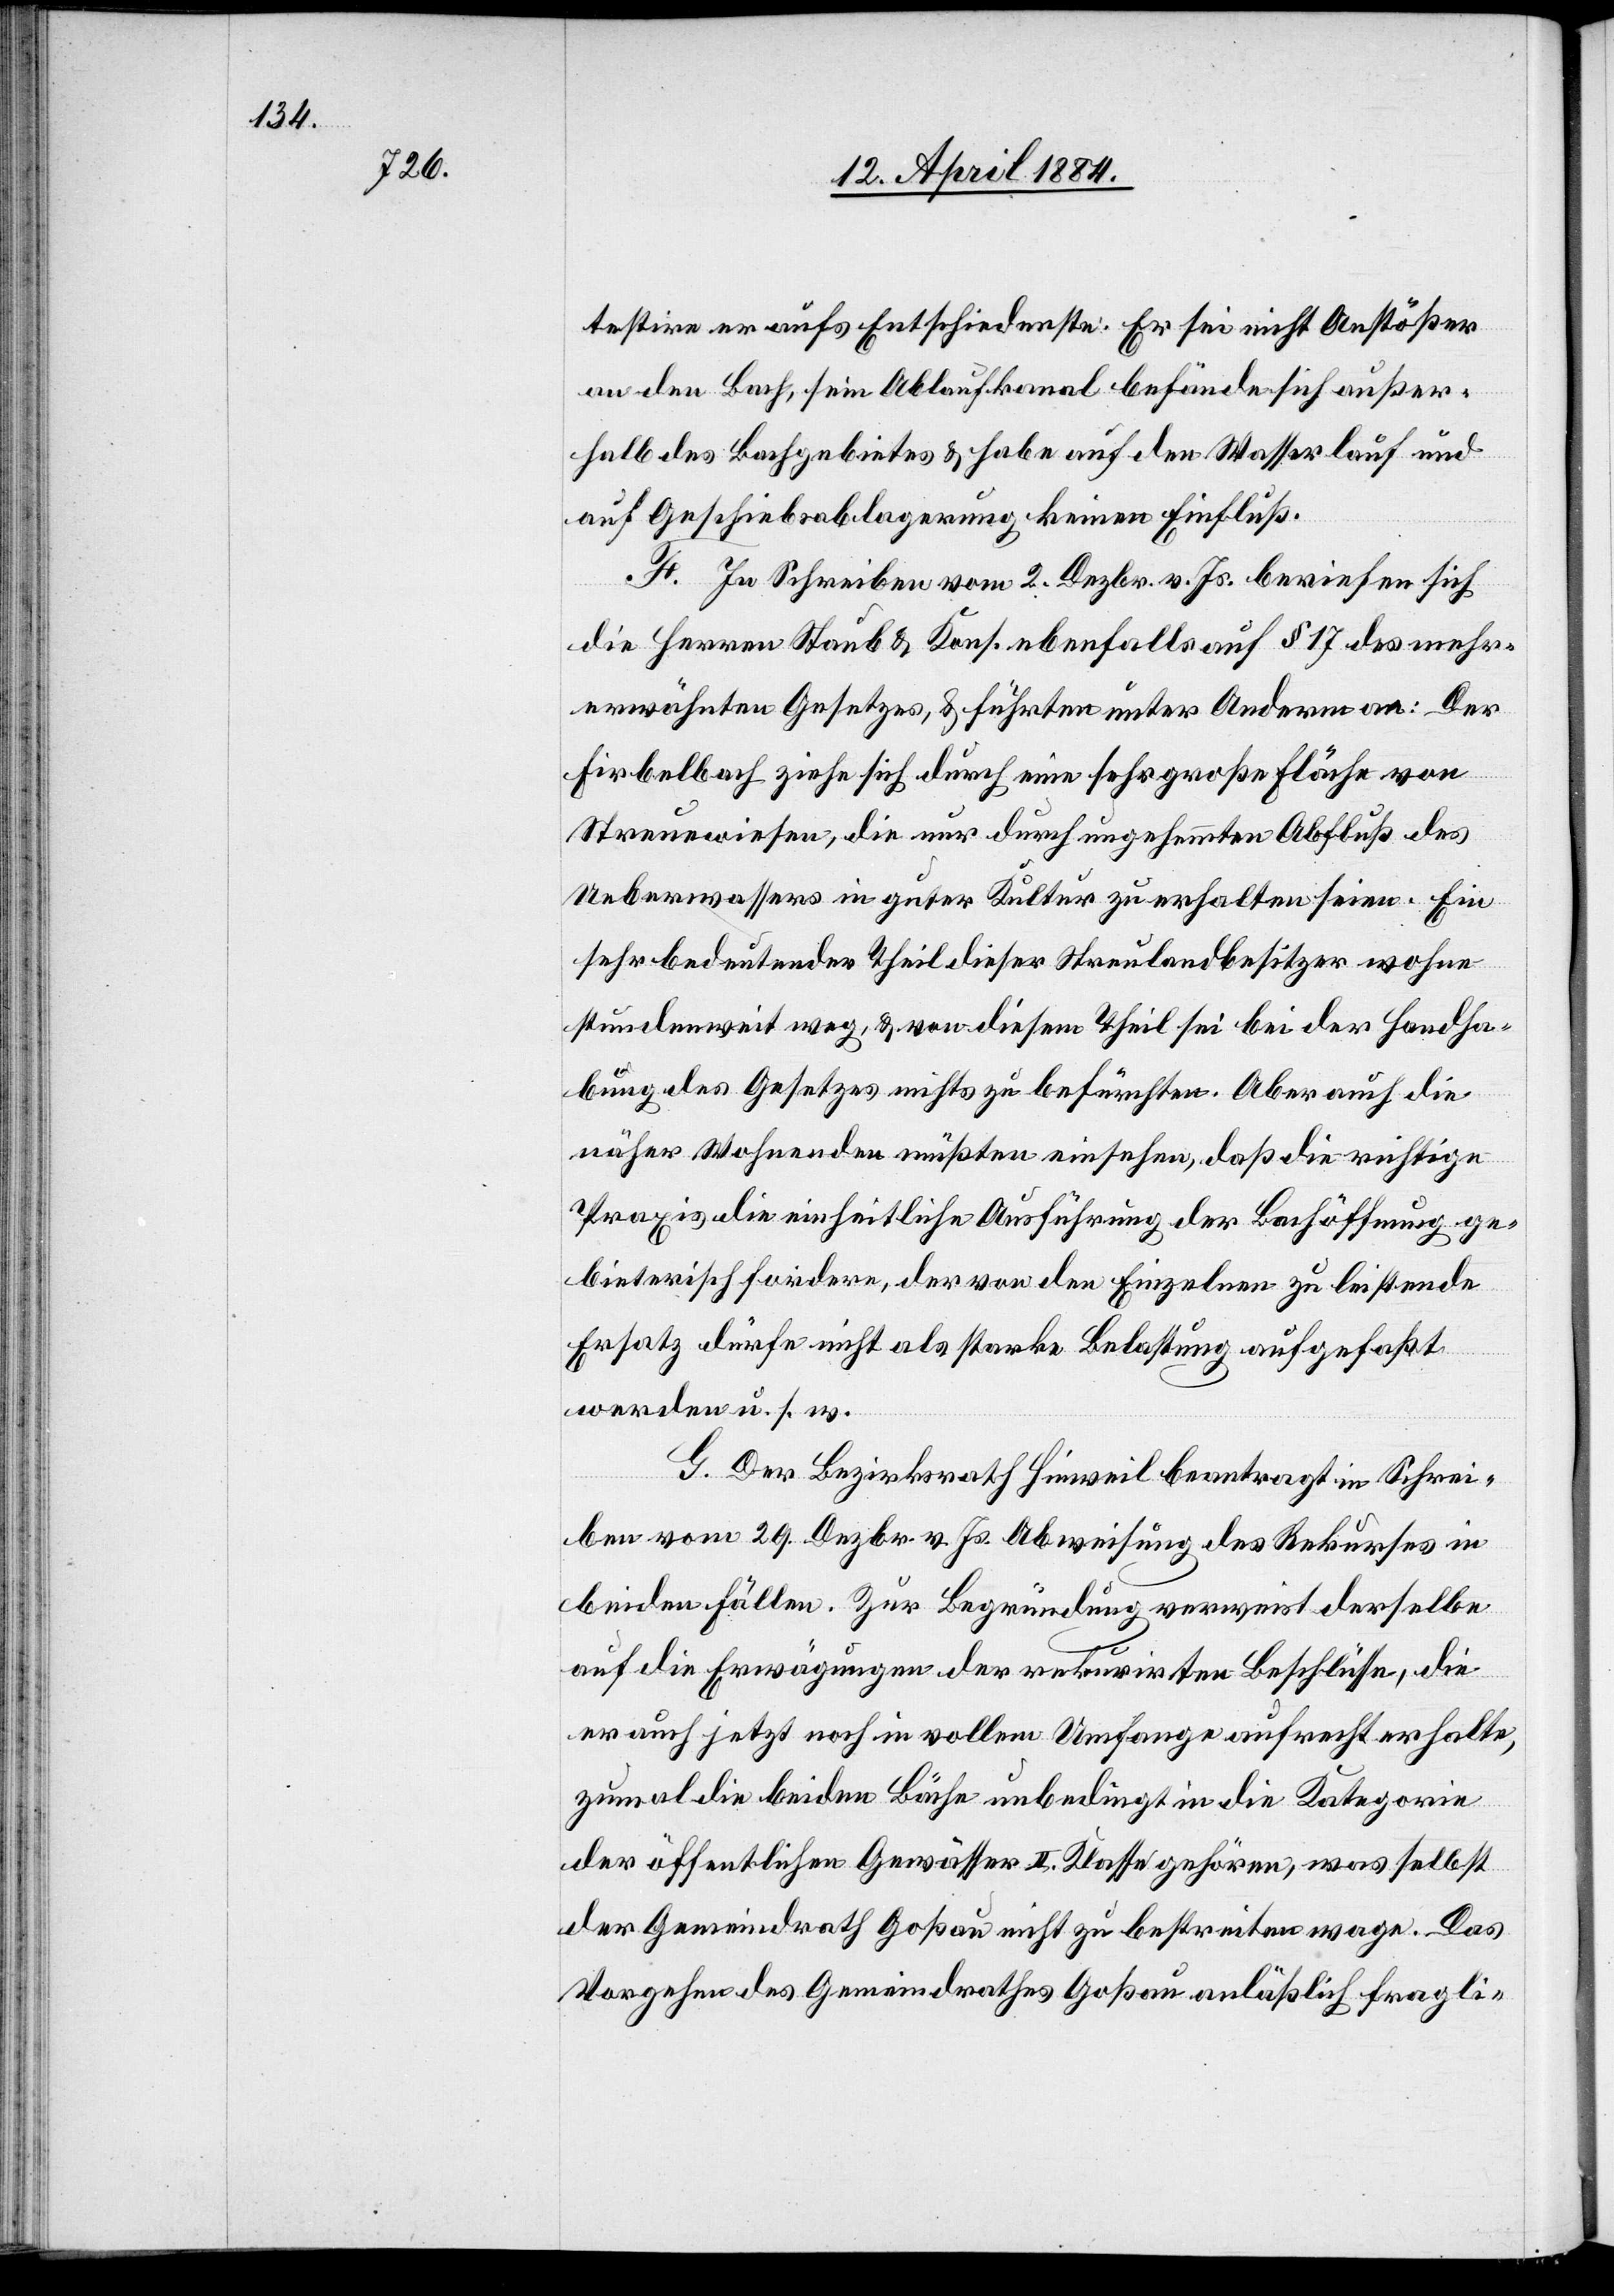
testire er aufs Entschiedenste. Er sei nicht Anstößer
an den Bach, sein Ablaufkanal befände sich außer¬
halb des Bachgebietes & habe auf den Wasserlauf und
auf Geschiebsablagerung keinen Einfluß.
F. In Schreiben vom 2. Dezbr. v. Js. beriefen sich
die Herren Staub & Kons. ebenfalls auf § 17 des mehr¬
erwähnten Gesetzes, & führten unter Anderm an: Der
Firbelbach ziehe sich durch eine sehr große Fläche von
Streuewiesen, die nur durch ungehemmten Abfluß des
Ueberwassers in guter Kultur zu erhalten seien. Ein
sehr bedeutender Theil dieser Streulandbesitzer wohne
stundenweit weg, & von diesem Theil sei bei der Handha¬
bung des Gesetzes nichts zu befürchten. Aber auch die
näher Wohnenden müßten einsehen, daß die richtige
Praxis die einheitliche Ausführung der Bachöffnung ge¬
bieterisch fordere, der von den Einzelnen zu leistende
Ersatz dürfe nicht als starke Belastung aufgefaßt
werden u. s. w.
G. Der Bezirksrath Hinweil beantragt in Schrei¬
ben vom 29. Dezbr. v. Js. Abweisung des Rekurses in
beiden Fällen. Zur Begründung verweist derselbe
auf die Erwägungen der rekurirten Beschlüsse, die
er auch jetzt noch in vollem Umfange aufrecht erhalte,
zumal die beiden Bäche unbedingt in die Kategorie
der öffentlichen Gewässer II. Klasse gehören, was selbst
der Gemeindrath Goßau nicht zu bestreiten wage. Das
Vorgehen des Gemeindrathes Goßau anläßlich fragli-